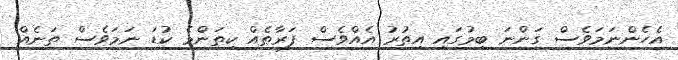
އެހެންނަމަވެސް ގަންނަ ބިމުގައި އިތުރު އެއްވެސް ފަރާތެއް ކިތަންމެ ކުޑަ ނަމަވެސް ތަނެއް